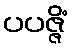
ပပဇ္ဇိံ